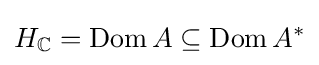
H_{\mathbb {C} }=\operatorname {Dom} A\subseteq \operatorname {Dom} A^{*}